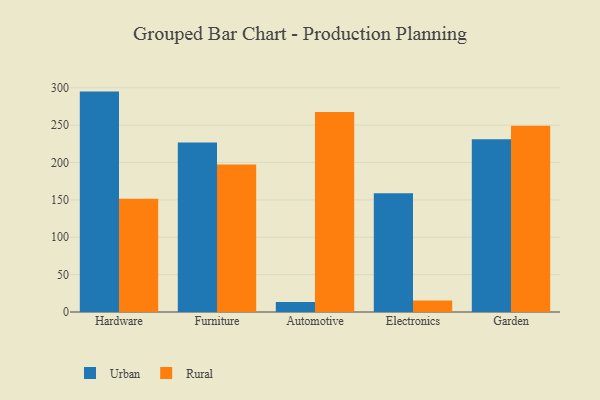
{"axis": {"x": "Category", "y": "Gross Profit (USD K)"}, "legend": ["Rural", "Urban"], "data": [{"x": "Hardware", "y": 294.8, "type": "Urban"}, {"x": "Hardware", "y": 151.4, "type": "Rural"}, {"x": "Furniture", "y": 226.6, "type": "Urban"}, {"x": "Furniture", "y": 197.2, "type": "Rural"}, {"x": "Automotive", "y": 13.3, "type": "Urban"}, {"x": "Automotive", "y": 267.4, "type": "Rural"}, {"x": "Electronics", "y": 158.7, "type": "Urban"}, {"x": "Electronics", "y": 15.5, "type": "Rural"}, {"x": "Garden", "y": 231.1, "type": "Urban"}, {"x": "Garden", "y": 249.1, "type": "Rural"}]}